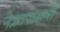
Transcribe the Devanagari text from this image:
नेत्रतपासणी